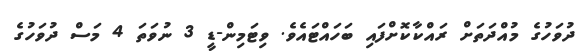
ދުވަހުގެ މުއްދަތަށް ރައްކާކޮށްފައި ބަހައްޓައެވެ. ވިޓަމިން-ޑީ 3 ނުވަތަ 4 މަސް ދުވަހުގެ